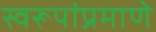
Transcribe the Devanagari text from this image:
स्वरूपांप्रमाणे